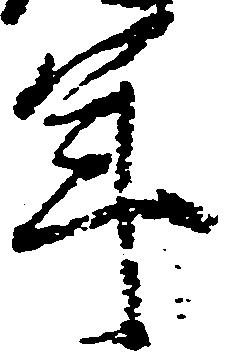
年